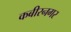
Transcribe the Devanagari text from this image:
कबीरनगर